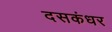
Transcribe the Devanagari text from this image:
दसकंधर